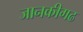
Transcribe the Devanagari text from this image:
जानकीगढ